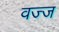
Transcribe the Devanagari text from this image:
वज्ज